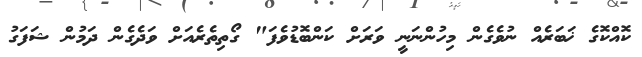
ކޮއްކޮގެ ޚަބަރެއް ނުވެގެން މިހުންނަނީ ވަރަށް ކަންބޮޑުވެފަ" ގޯތިތެރެއަށް ވަދެގެން ދަމުން ޝަފަގު